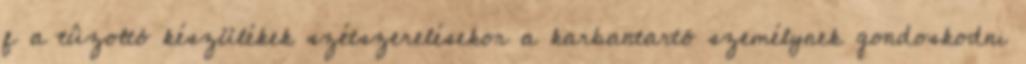
f a tûzoltó készülékek szétszerelésekor a karbantartó személynek gondoskodni